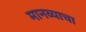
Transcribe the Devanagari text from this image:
मानव्याचा